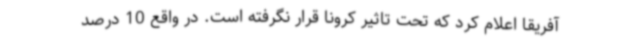
آفریقا اعلام کرد که تحت تاثیر کرونا قرار نگرفته است. در واقع 10 درصد